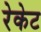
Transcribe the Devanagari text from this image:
रेकेट